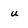
Character: u